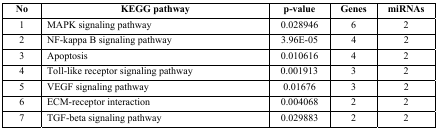
| No | KEGG pathway | p-value | Genes | miRNAs |
 | --- | --- | --- | --- | --- |
 | 1 | MAPK signaling pathway | 0.028946 | 6 | 2 |
 | 2 | NF-kappa B signaling pathway | 3.96E-05 | 4 | 2 |
 | 3 | Apoptosis | 0.010616 | 4 | 2 |
 | 4 | Toll-like receptor signaling pathway | 0.001913 | 3 | 2 |
 | 5 | VEGF signaling pathway | 0.01676 | 3 | 2 |
 | 6 | ECM-receptor interaction | 0.004068 | 2 | 2 |
 | 7 | TGF-beta signaling pathway | 0.029883 | 2 | 2 |